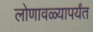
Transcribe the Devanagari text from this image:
लोणावळ्यापर्यंत